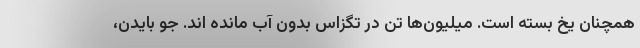
همچنان یخ بسته است. میلیون‌ها تن در تگزاس بدون آب مانده اند. جو بایدن،